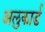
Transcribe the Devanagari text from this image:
अलुकार्ड